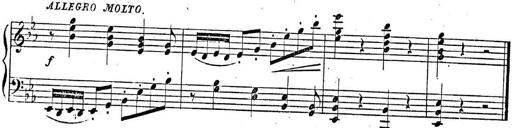
Title: 2 Sonatinas, Op.8
Composer: Hermann Goetz